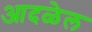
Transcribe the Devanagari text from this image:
आदळेल